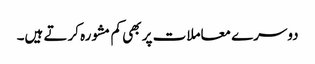
دوسرے معاملات پر بھی کم مشورہ کرتے ہیں۔